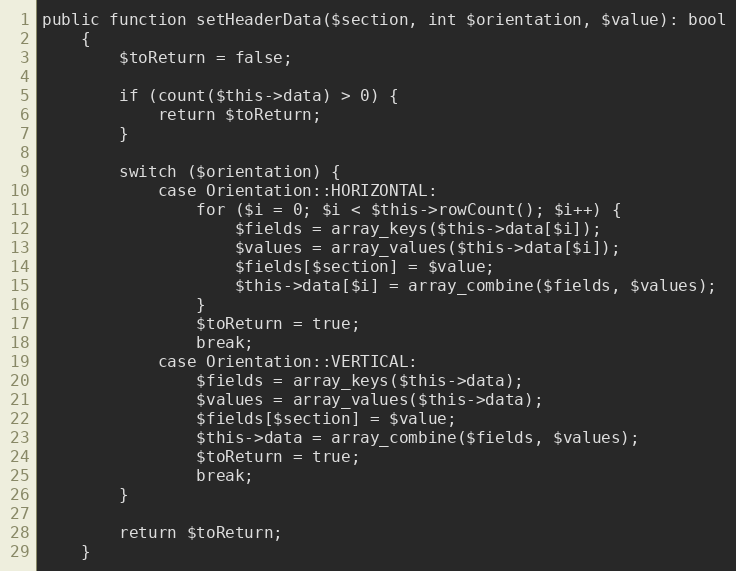
Language: PHP
public function setHeaderData($section, int $orientation, $value): bool
    {
        $toReturn = false;

        if (count($this->data) > 0) {
            return $toReturn;
        }

        switch ($orientation) {
            case Orientation::HORIZONTAL:
                for ($i = 0; $i < $this->rowCount(); $i++) {
                    $fields = array_keys($this->data[$i]);
                    $values = array_values($this->data[$i]);
                    $fields[$section] = $value;
                    $this->data[$i] = array_combine($fields, $values);
                }
                $toReturn = true;
                break;
            case Orientation::VERTICAL:
                $fields = array_keys($this->data);
                $values = array_values($this->data);
                $fields[$section] = $value;
                $this->data = array_combine($fields, $values);
                $toReturn = true;
                break;
        }

        return $toReturn;
    }